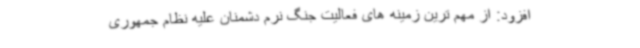
افزود: از مهم ترین زمینه های فعالیت جنگ نرم دشمنان علیه نظام جمهوری